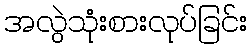
အလွဲသုံးစားလုပ်ခြင်း